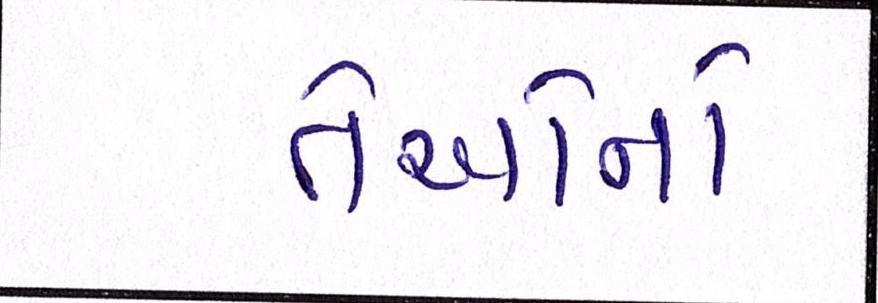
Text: તેઓનો